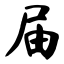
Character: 届